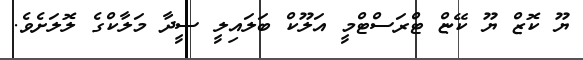
ޔޫ ކޮޒް ޔޫ ކޭޏް ޓްރަސްޓްމީ އަލޫކް ބަލައިލީ ސީދާ މަލާކްގެ ލޮލަށެވެ.